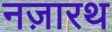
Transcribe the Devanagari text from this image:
नज़ारथ